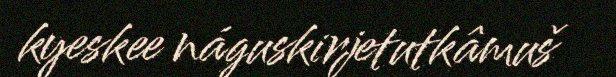
kyeskee náguskirjetutkâmuš